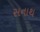
સનાથ